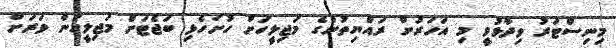
މިނިސްޓަރު ވިދާޅުވީ މި އަހަރަށް ރައްޔިތުންގެ މަޖިލީހަށް ހުށަހެޅި ބަޖެޓަށް މަޖިލީހުން ވަރަށް